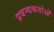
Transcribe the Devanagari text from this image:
प्रबन्धकर्ताओं